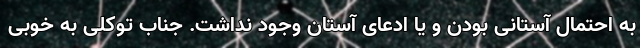
به احتمال آستانی بودن و یا ادعای آستان وجود نداشت. جناب توکلی به خوبی